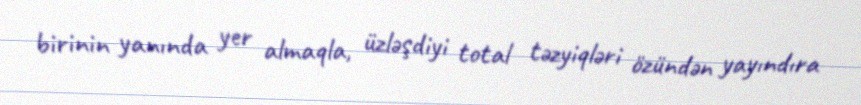
birinin yanında yer almaqla, üzləşdiyi total təzyiqləri özündən yayındıra